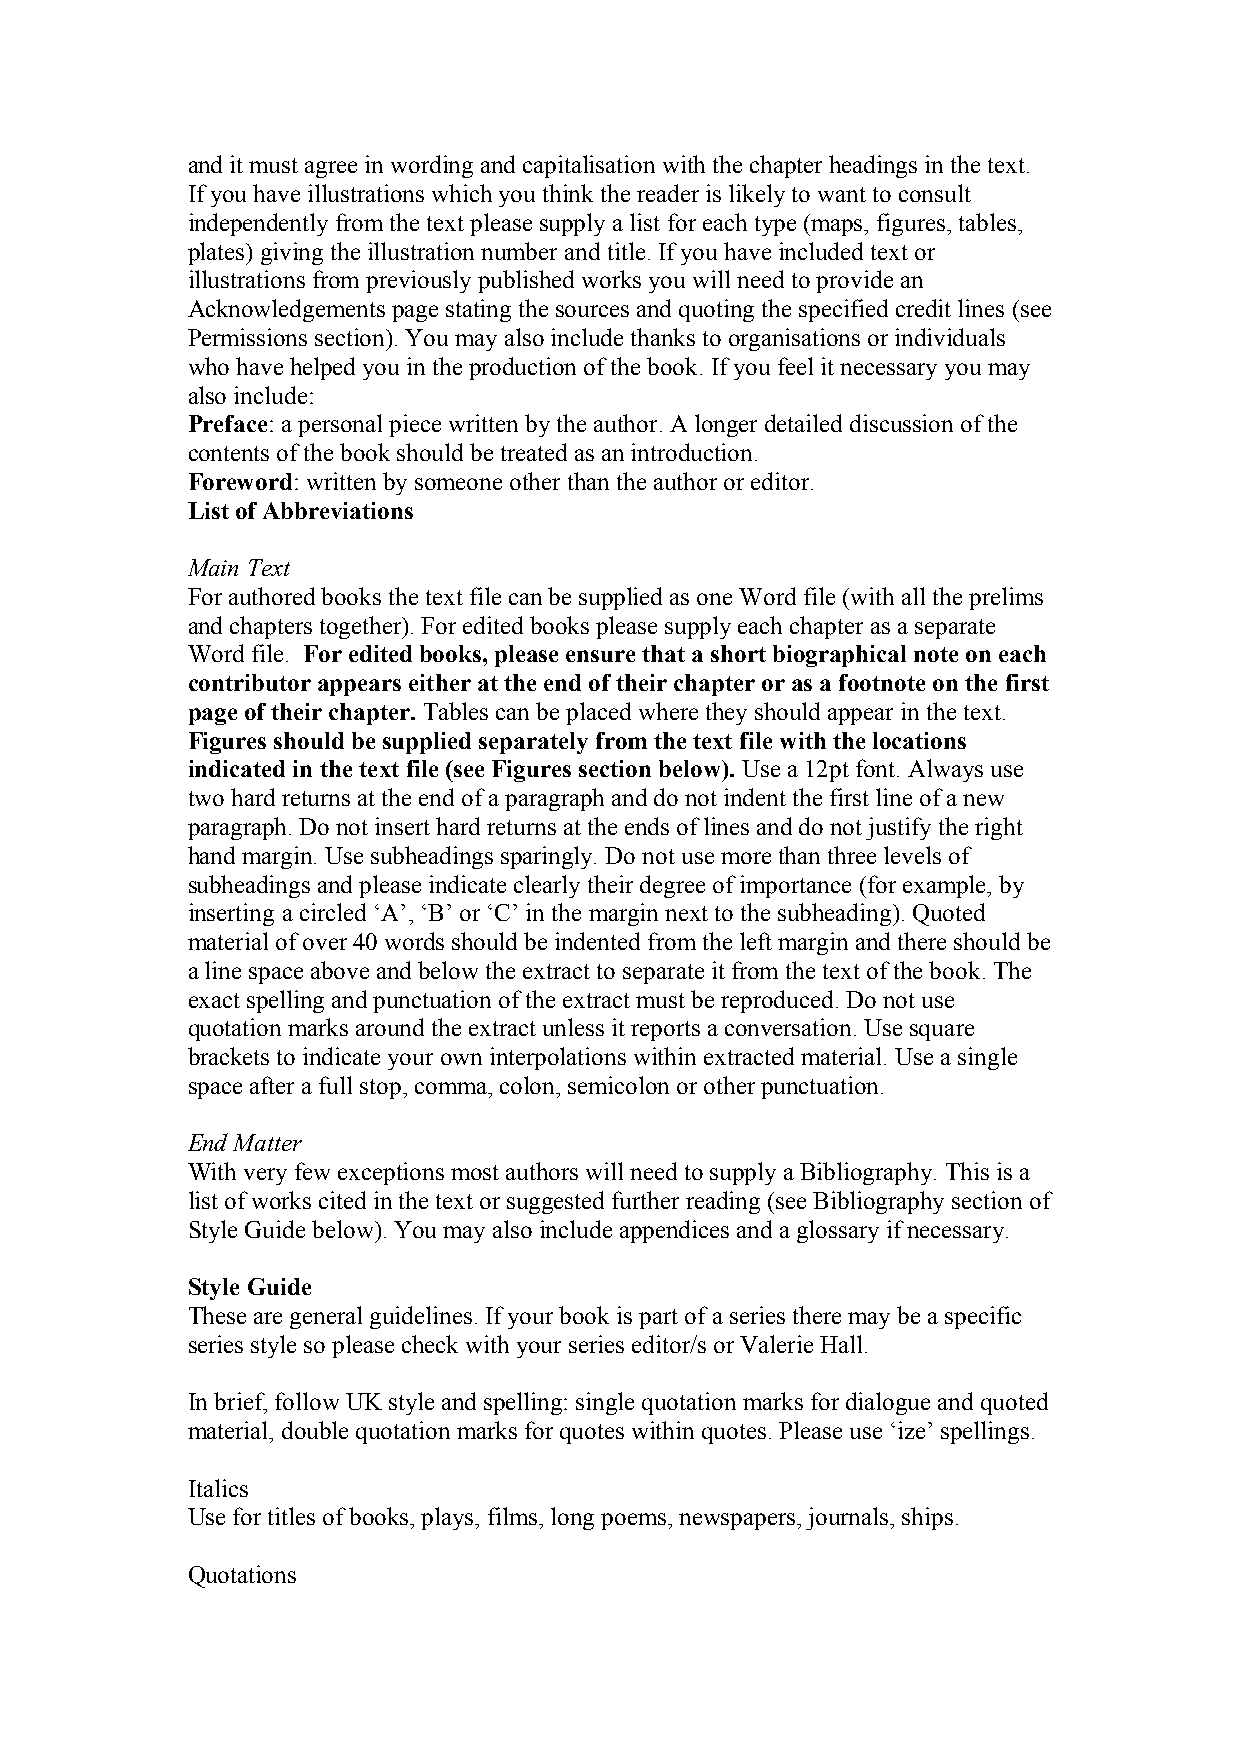
and it must agree in wording and capitalisation with the chapter headings in the text.
 If you have illustrations which you think the reader is likely to want to consult
 independently from the text please supply a list for each type (maps, figures, tables,
 plates) giving the illustration number and title. If you have included text or
 illustrations from previously published works you will need to provide an
 Acknowledgements page stating the sources and quoting the specified credit lines (see
 Permissions section). You may also include thanks to organisations or individuals
 who have helped you in the production of the book. If you feel it necessary you may
 also include:
 Preface: a personal piece written by the author. A longer detailed discussion of the
 contents of the book should be treated as an introduction.
 Foreword: written by someone other than the author or editor.
 List of Abbreviations
 Main Text
 For authored books the text file can be supplied as one Word file (with all the prelims
 and chapters together). For edited books please supply each chapter as a separate
 Word file. For edited books, please ensure that a short biographical note on each
 contributor appears either at the end of their chapter or as a footnote on the first
 page of their chapter. Tables can be placed where they should appear in the text.
 Figures should be supplied separately from the text file with the locations
 indicated in the text file (see Figures section below). Use a 12pt font. Always use
 two hard returns at the end of a paragraph and do not indent the first line of a new
 paragraph. Do not insert hard returns at the ends of lines and do not justify the right
 hand margin. Use subheadings sparingly. Do not use more than three levels of
 subheadings and please indicate clearly their degree of importance (for example, by
 inserting a circled ‘A’, ‘B’ or ‘C’ in the margin next to the subheading). Quoted
 material of over 40 words should be indented from the left margin and there should be
 a line space above and below the extract to separate it from the text of the book. The
 exact spelling and punctuation of the extract must be reproduced. Do not use
 quotation marks around the extract unless it reports a conversation. Use square
 brackets to indicate your own interpolations within extracted material. Use a single
 space after a full stop, comma, colon, semicolon or other punctuation.
 End Matter
 With very few exceptions most authors will need to supply a Bibliography. This is a
 list of works cited in the text or suggested further reading (see Bibliography section of
 Style Guide below). You may also include appendices and a glossary if necessary.
 Style Guide
 These are general guidelines. If your book is part of a series there may be a specific
 series style so please check with your series editor/s or Valerie Hall.
 In brief, follow UK style and spelling: single quotation marks for dialogue and quoted
 material, double quotation marks for quotes within quotes. Please use ‘ize’ spellings.
 Italics
 Use for titles of books, plays, films, long poems, newspapers, journals, ships.
 Quotations